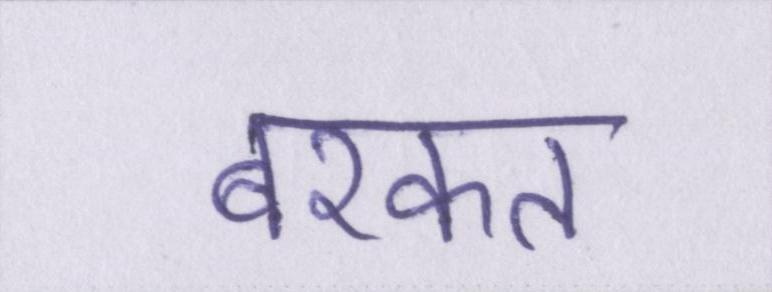
बरकत